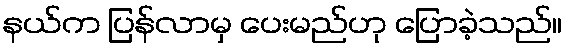
နယ်က ပြန်လာမှ ပေးမည်ဟု ပြောခဲ့သည်။